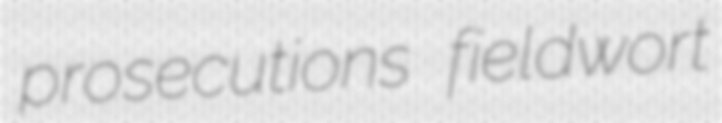
prosecutions fieldwort